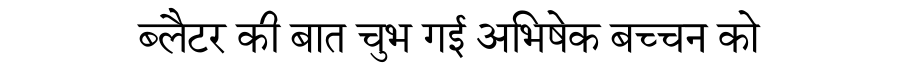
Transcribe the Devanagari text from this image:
ब्लैटर की बात चुभ गई अभिषेक बच्चन को